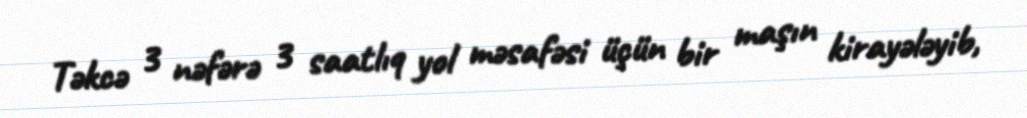
Təkcə 3 nəfərə 3 saatlıq yol məsafəsi üçün bir maşın kirayələyib,